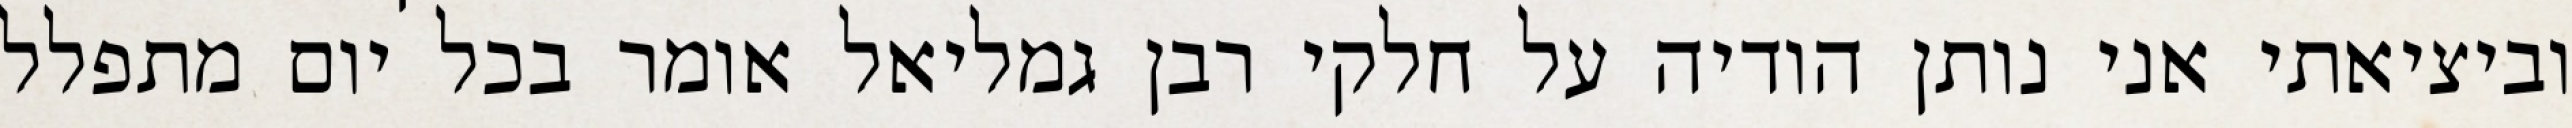
וביציאתי אני נותן הודיה על חלקי רבן גמליאל אומר בכל יום מתפלל